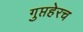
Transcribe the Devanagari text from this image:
गुप्तहेरच